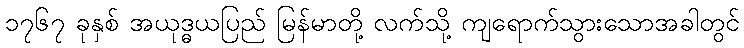
၁၇၆၇ ခုနှစ် အယုဒ္ဓယပြည် မြန်မာတို့ လက်သို့ ကျရောက်သွားသောအခါတွင်